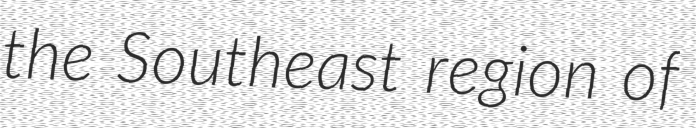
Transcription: the Southeast region of